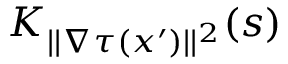
K _ { | | \nabla \tau ( x ^ { \prime } ) | | ^ { 2 } } ( s )